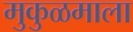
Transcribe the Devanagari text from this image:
मुकुळमाला